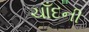
ચાઁદની